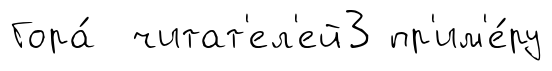
Гора́ читат'ел'ей3 пр'им'е́ру